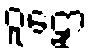
ဝူဠှော